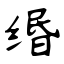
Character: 缗